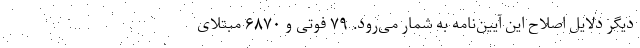
دیگر دلایل اصلاح این آیین‌نامه به شمار می‌رود. ۷۹ فوتی و ۶۸۷۰ مبتلای